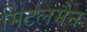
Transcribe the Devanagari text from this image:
मिटलमैन